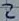
Text: 2